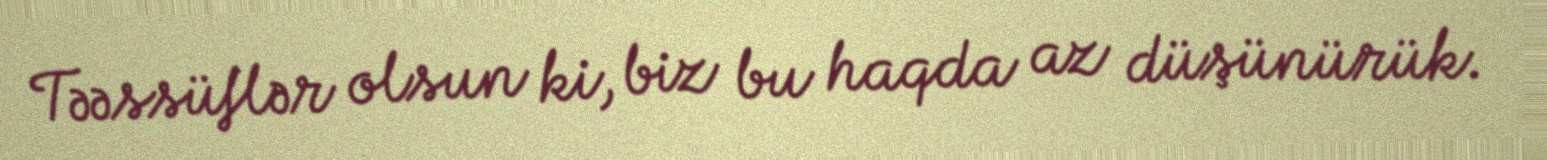
Təəssüflər olsun ki, biz bu haqda az düşünürük.